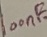
Text: 100nF